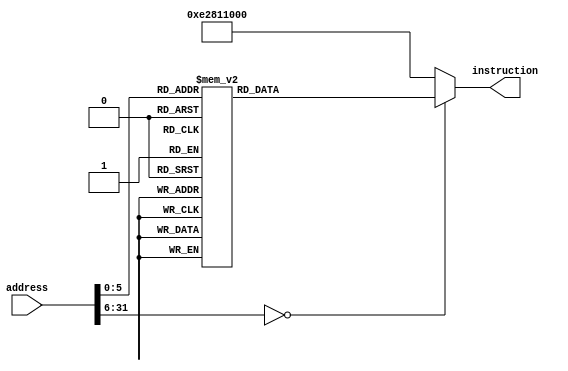
module Instruction_Memory
(
    input      [31:0] address,
    output reg [31:0] instruction
);

    always @(*) begin
        case(address)
            32'd0: instruction = 32'b1110_00_1_1101_0_0000_0000_000000010100; //MOV    R0 ,#20     //R0 = 20
            32'd1: instruction = 32'b1110_00_1_1101_0_0000_0001_101000000001; //MOV    R1 ,#4096    //R1 = 4096
            32'd2: instruction = 32'b1110_00_1_1101_0_0000_0010_000100000011; //MOV    R2 ,#0xC0000000  //R2 = -1073741824
            32'd3: instruction = 32'b1110_00_0_0100_1_0010_0011_000000000010; //ADDS    R3 ,R2,R2   //R3 = -2147483648
            32'd4: instruction = 32'b1110_00_0_0101_0_0000_0100_000000000000; //ADC    R4 ,R0,R0   //R4 = 41
            32'd5: instruction = 32'b1110_00_0_0010_0_0100_0101_000100000100; //SUB    R5 ,R4,R4,LSL #2  //R5 = -123
            32'd6: instruction = 32'b1110_00_0_0110_0_0000_0110_000010100000; //SBC    R6 ,R0,R0,LSR #1  //R6 = 10

            32'd7: instruction = 32'b1110_00_0_1100_0_0101_0111_000101000010; //ORR    R7 ,R5,R2,ASR #2  //R7 = -123
            32'd8: instruction = 32'b1110_00_0_0000_0_0111_1000_000000000011; //AND    R8 ,R7,R3   //R8 = -2147483648
            32'd9: instruction = 32'b1110_00_0_1111_0_0000_1001_000000000110; //MVN    R9 ,R6    //R9 = -11
            32'd10: instruction = 32'b1110_00_0_0001_0_0100_1010_000000000101; //EOR    R10,R4,R5  //R10 = -84
            32'd11: instruction = 32'b1110_00_0_1010_1_1000_0000_000000000110; //CMP    R8 ,R6
            32'd12: instruction = 32'b0001_00_0_0100_0_0001_0001_000000000001; //ADDNE    R1 ,R1,R1   //R1 = 8192
            32'd13: instruction = 32'b1110_00_0_1000_1_1001_0000_000000001000; //TST    R9 ,R8
            32'd14: instruction = 32'b0000_00_0_0100_0_0010_0010_000000000010; //ADDEQ    R2 ,R2,R2     //R2 = -1073741824

            32'd15: instruction = 32'b1110_00_1_1101_0_0000_0000_101100000001; //MOV    R0 ,#1024    //R0 = 1024
            32'd16: instruction = 32'b1110_01_0_0100_0_0000_0001_000000000000; //STR    R1 ,[R0],#0  //MEM[1024] = 8192
            32'd17: instruction = 32'b1110_01_0_0100_1_0000_1011_000000000000; //LDR    R11,[R0],#0  //R11 = 8192
            32'd18: instruction = 32'b1110_01_0_0100_0_0000_0010_000000000100; //STR    R2 ,[R0],#4  //MEM[1028] = -1073741824
            32'd19: instruction = 32'b1110_01_0_0100_0_0000_0011_000000001000; //STR    R3 ,[R0],#8  //MEM[1032] = -2147483648
            32'd20: instruction = 32'b1110_01_0_0100_0_0000_0100_000000001101; //STR    R4 ,[R0],#13  //MEM[1036] = 41
            32'd21: instruction = 32'b1110_01_0_0100_0_0000_0101_000000010000; //STR    R5 ,[R0],#16  //MEM[1040] = -123
            32'd22: instruction = 32'b1110_01_0_0100_0_0000_0110_000000010100; //STR    R6 ,[R0],#20  //MEM[1044] = 9
            32'd23: instruction = 32'b1110_01_0_0100_1_0000_1010_000000000100; //LDR    R10,[R0],#4  //R10 = -1073741824
            32'd24: instruction = 32'b1110_01_0_0100_0_0000_0111_000000011000; //STR    R7 ,[R0],#24  //MEM[1048] = -123
            32'd25: instruction = 32'b1110_00_1_1101_0_0000_0001_000000000100; //MOV    R1 ,#4    //R1 = 4
            32'd26: instruction = 32'b1110_00_1_1101_0_0000_0010_000000000000; //MOV    R2 ,#0    //R2 = 0
            32'd27: instruction = 32'b1110_00_1_1101_0_0000_0011_000000000000; //MOV R3 ,#0 //R3 = 0
            32'd28: instruction = 32'b1110_00_0_0100_0_0000_0100_000100000011; //ADD R4 ,R0,R3,LSL #2
            32'd29: instruction = 32'b1110_01_0_0100_1_0100_0101_000000000000; //LDR R5 ,[R4],#0
            32'd30: instruction = 32'b1110_01_0_0100_1_0100_0110_000000000100; //LDR R6 ,[R4],#4
            32'd31: instruction = 32'b1110_00_0_1010_1_0101_0000_000000000110; //CMP R5 ,R6
            32'd32: instruction = 32'b1100_01_0_0100_0_0100_0110_000000000000; //STRGT R6 ,[R4],#0
            32'd33: instruction = 32'b1100_01_0_0100_0_0100_0101_000000000100; //STRGT R5 ,[R4],#4
            32'd34: instruction = 32'b1110_00_1_0100_0_0011_0011_000000000001; //ADD R3 ,R3,#1
            32'd35: instruction = 32'b1110_00_1_1010_1_0011_0000_000000000011; //CMP R3 ,#3
            32'd36: instruction = 32'b1011_10_1_0_111111111111111111110111 ; //BLT #-9
            32'd37: instruction = 32'b1110_00_1_0100_0_0010_0010_000000000001; //ADD R2 ,R2,#1
            32'd38: instruction = 32'b1110_00_0_1010_1_0010_0000_000000000001; //CMP R2 ,R1
            32'd39: instruction = 32'b1011_10_1_0_111111111111111111110011 ; //BLT #-13
            32'd40: instruction = 32'b1110_01_0_0100_1_0000_0001_000000000000; //LDR R1 ,[R0],#0 //R1 = -2147483648
            32'd41: instruction = 32'b1110_01_0_0100_1_0000_0010_000000000100; //LDR R2 ,[R0],#4 //R2 = -1073741824
            32'd42: instruction = 32'b1110_01_0_0100_1_0000_0011_000000001000; //STR R3 ,[R0],#8 //R3 = 41
            32'd43: instruction = 32'b1110_01_0_0100_1_0000_0100_000000001100; //STR R4 ,[R0],#12 //R4 = 8192
            32'd44: instruction = 32'b1110_01_0_0100_1_0000_0101_000000010000; //STR R5 ,[R0],#16
            32'd45: instruction = 32'b1110_01_0_0100_1_0000_0110_000000010100; //STR R6 ,[R0],#20
            32'd46: instruction = 32'b1110_10_1_0_111111111111111111111111 ; //B #-1

            default: instruction = 32'b1110_00_1_0100_0_0001_0001_000000000000;
        endcase
    end

endmodule